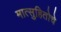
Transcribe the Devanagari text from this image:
मात्सुहितोचे